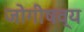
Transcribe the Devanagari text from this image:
जोगीषव्य